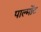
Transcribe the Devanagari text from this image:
पाल्मोंट